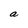
Character: a